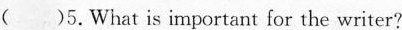
( )5.What is important for the writer?